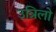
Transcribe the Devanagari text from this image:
उत्रिलो